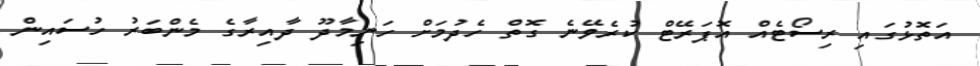
އަތޮޅުގައި ރިސޯޓެއް އޮޕަރޭޓް ކުރެވޭނެ ގޮތް ހެދުމަށް ހަނިމާދޫ ދާއިރާގެ މެންބަރު ހުސައިން